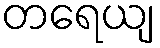
တရေယျ